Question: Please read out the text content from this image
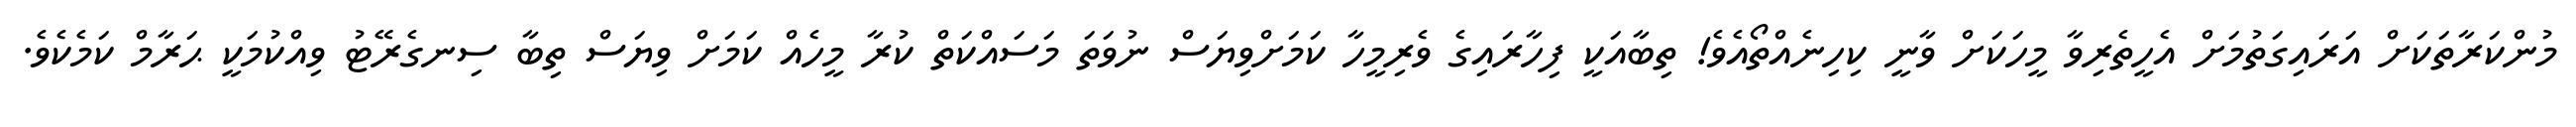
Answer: މުންކަރާތަކަށް އަރައިގަތުމަށް އެހީތެރިވާ މީހަކަށް ވާނީ ކިހިނެއްތޯއެވެ! ތިބާއަކީ ފިހާރައިގެ ވެރިމީހާ ކަމަށްވިޔަސް ނުވަތަ މަސައްކަތް ކުރާ މީހެއް ކަމަށް ވިޔަސް ތިބާ ސިނގެރޭޓު ވިއްކުމަކީ ޙަރާމް ކަމެކެވެ.